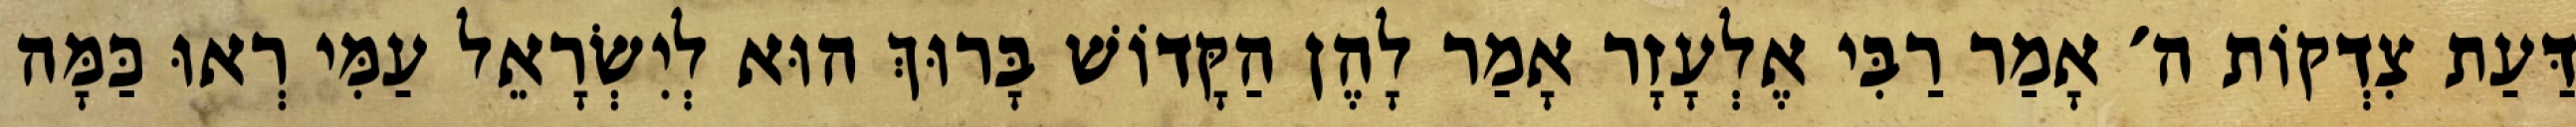
דַּעַת צִדְקוֹת ה׳ אָמַר רַבִּי אֶלְעָזָר אָמַר לָהֶן הַקָּדוֹשׁ בָּרוּךְ הוּא לְיִשְׂרָאֵל עַמִּי רְאוּ כַּמָּה